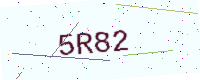
Text: 5R82